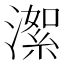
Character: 㵖